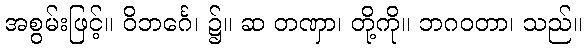
အစွမ်းဖြင့်။ ဝိဘင်္ဂေ၊ ၌။ ဆ တဏှာ၊ တို့ကို။ ဘဂဝတာ၊ သည်။